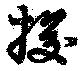
捘